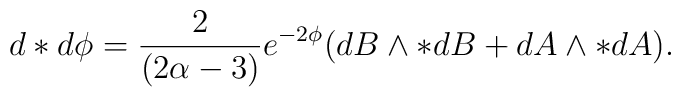
d*d\phi = \frac{2}{(2\alpha-3)} e^{-2\phi}(dB \wedge *dB + dA \wedge *dA).